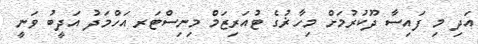
އަދި މި ފައިސާ ދޫކުރުމަށް މިހާޜުގެ ޓުއަރިޒަމް މިނިސްޓަރ އަހްމަދު އަދީބު ވަނީ